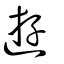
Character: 遊